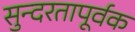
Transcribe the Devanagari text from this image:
सुन्दरतापूर्वक